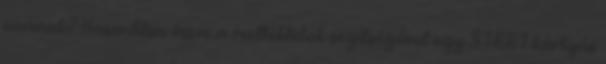
vannak? Hasonlítsa össze a mellékletek segítségével egy START kártyás